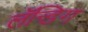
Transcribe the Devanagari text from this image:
लॅन्डिग